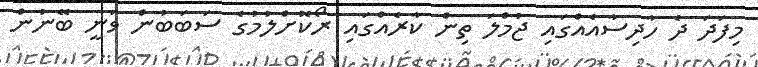
މިފަދަ ދެ ހާދިސާއެއްގައި ޖުމްލަ ތިން ކާރެއްގައި ރޯކޮށްލުމުގެ ސަބަބުން ވަނީ ބޭނުން